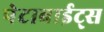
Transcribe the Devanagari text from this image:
पेटाबाईट्स